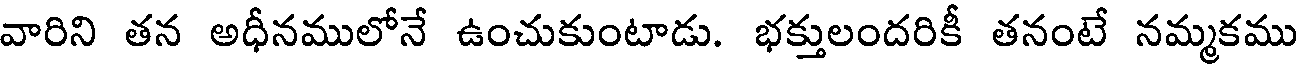
వారిని తన అధీనములోనే ఉంచుకుంటాడు. భక్తులందరికీ తనంటే నమ్మకము